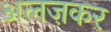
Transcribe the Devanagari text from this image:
अलज़कर